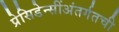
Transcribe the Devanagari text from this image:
प्रेसिडेन्सींअंतर्गतची